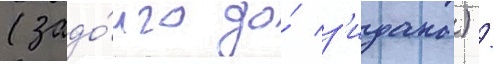
(задо́лго до́ з'идана) /